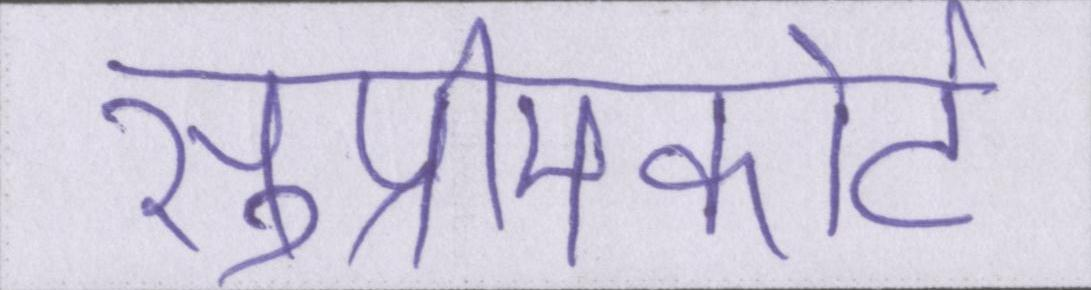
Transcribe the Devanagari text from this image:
सुप्रीमकोर्ट